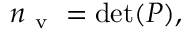
n _ { \mathrm { ~ v ~ } } = \operatorname* { d e t } ( P ) ,